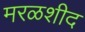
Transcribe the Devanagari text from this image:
मरळशीद